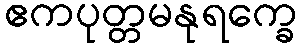
ဧကပုတ္တမနုရက္ခေ